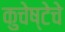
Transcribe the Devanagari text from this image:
कुचेष्टेचे